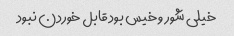
خیلی شور و خیس بود قابل خوردن نبود